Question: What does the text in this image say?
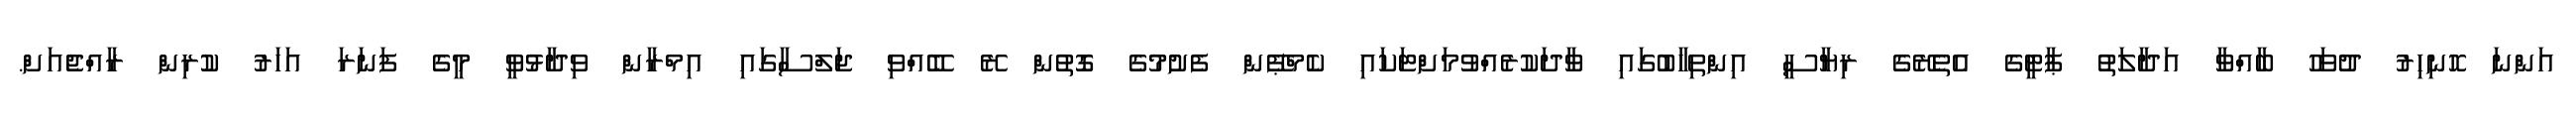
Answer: އަންނަ ހޮނިހިރު ދުވަހު ބާއްވާ އަދާލަތު ޕާޓީގެ އެތެރޭގެ ރިޔާސީ އިންތިހާބުގައި ވާދަކުރެއްވުމަށްޓަކައި ކެމްޕޭން ފެށުމުގެ ގޮތުން ރޭ ބޭއްވި ޖަލްސާގައި އިމްރާން ވިދާޅުވީ މީގެ ފަނަރަ އަހަރު ކުރިން ރާއްޖެއަށް.